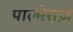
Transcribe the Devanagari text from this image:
पाल्मेराज़